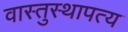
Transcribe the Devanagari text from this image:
वास्तुस्थापत्य